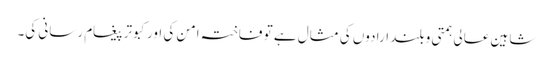
شاہین عالی ہمتی و بلند ارادوں کی مثال ہے تو فاختہ امن کی اور کبوتر پیغام رسانی کی۔